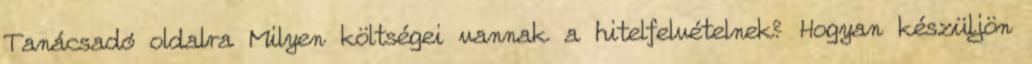
Tanácsadó oldalra Milyen költségei vannak a hitelfelvételnek? Hogyan készüljön